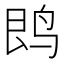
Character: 𱉝